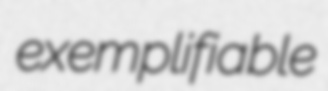
exemplifiable